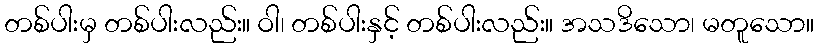
တစ်ပါးမှ တစ်ပါးလည်း။ ဝါ၊ တစ်ပါးနှင့် တစ်ပါးလည်း။ အသဒိသော၊ မတူသော။